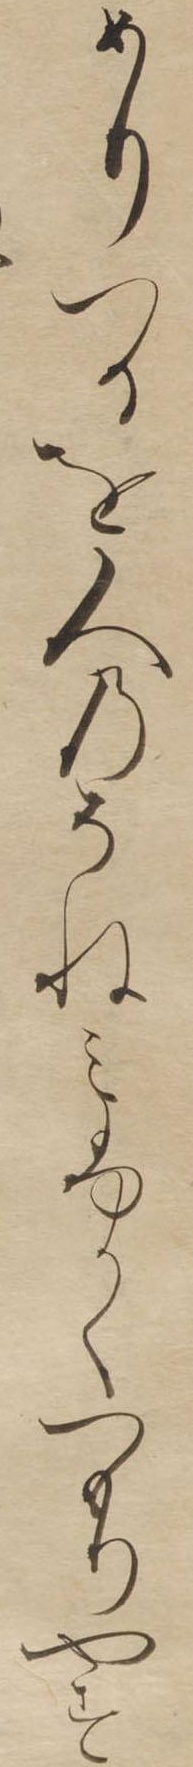
めりつるを人のそねみふかくつもりやす